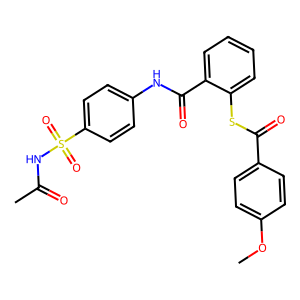
SMILES: COc1ccc(C(=O)Sc2ccccc2C(=O)Nc2ccc(S(=O)(=O)NC(C)=O)cc2)cc1
Inhibits HIV replication: Yes